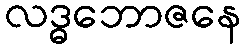
လဒ္ဓဘောဇနေ